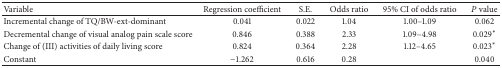
| Variable | Regression coefficient | S.E. | Odds ratio | 95% CI of odds ratio | P value |
 | --- | --- | --- | --- | --- | --- |
 | Incremental change of TQ/BW-ext-dominant | 0.041 | 0.022 | 1.04 | 1.00–1.09 | 0.062 |
 | Decremental change of visual analog pain scale score | 0.846 | 0.388 | 2.33 | 1.09–4.98 | 0.029∗ |
 | Change of (III) activities of daily living score | 0.824 | 0.364 | 2.28 | 1.12–4.65 | 0.023∗ |
 | Constant | −1.262 | 0.616 | 0.28 |  | 0.040 |